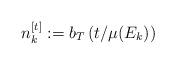
LaTeX: \begin{align*}n_{k}^{[t]}:=b_{T}\left( t/\mu(E_{k})\right) \end{align*}